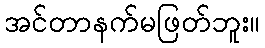
အင်တာနက်မဖြတ်ဘူး။